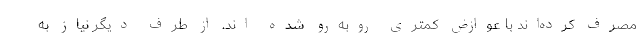
مصرف کرده‌اند با عوازض کمتری روبه‌رو شده اند. از طرف دیگر نیاز به